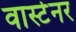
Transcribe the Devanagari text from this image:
वार्स्टेनर